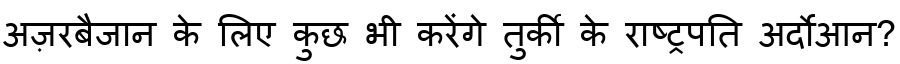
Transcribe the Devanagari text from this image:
अज़रबैजान के लिए कुछ भी करेंगे तुर्की के राष्ट्रपति अर्दोआन?